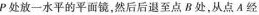
Р处放一水平的平面镜，然后后退至点B处，从点A经